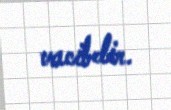
vacibdir.